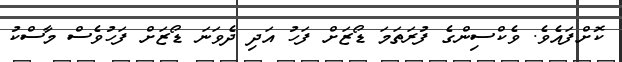
ކޮށްފައެވެ. ވެކްސިންގެ ފުރަތަމަ ޑޯޒަށް ފަހު އަދި ދެވަނަ ޑޯޒަށް ފަހުވެސް މާސްކު